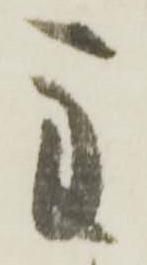
主